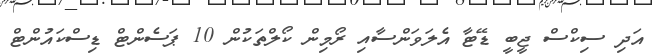
އަދި ސިކްސް ޖީބީ ޑޭޓާ އެލަވަންސާއި ރޯމިން ކޯލްތަކުން 10 ޕަސެންޓް ޑިސްކައުންޓް